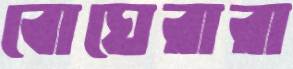
বোঘেরারা